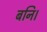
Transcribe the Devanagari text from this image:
बनि।